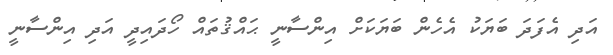
އަދި އެފަދަ ބަޔަކު އެހެން ބަޔަކަށް އިންސާނީ ޙައްޤުތައް ހޯދައިދީ އަދި އިންސާނީ